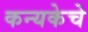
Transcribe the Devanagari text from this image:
कन्यकेचे